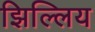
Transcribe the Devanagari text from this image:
झिल्लिय